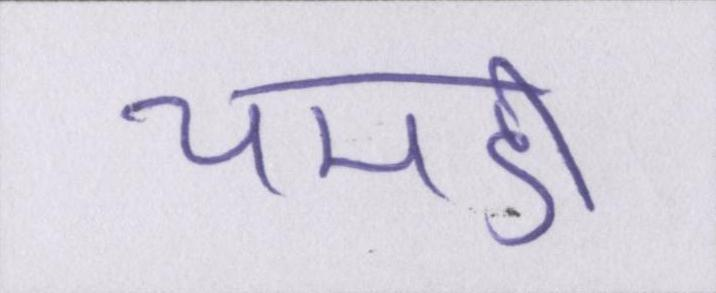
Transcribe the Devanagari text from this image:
चमडी